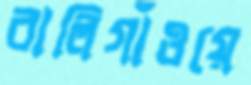
বালিগাঁওয়ে